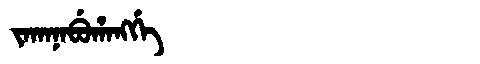
Manchu: ᠵᠠᡴᠠᠨᠠᠪᡠᡥᠠᠩᡤᡝ
Romanization: JAKANABUHANGGE